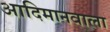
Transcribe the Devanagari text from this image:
आदिमानवाला